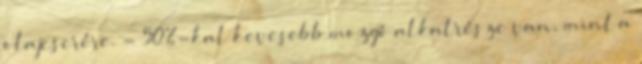
olajcserére. - 50%-kal kevesebb mozgó alkatrésze van, mint a